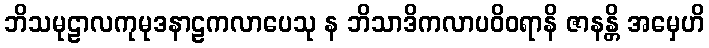
ဘိသမုဠာလကုမုဒနာဠကလာပေသု န ဘိသာဒိကလာပဝိဝရာနိ ဇာနန္တိ အမှေဟိ